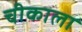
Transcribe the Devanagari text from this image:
चीकाला